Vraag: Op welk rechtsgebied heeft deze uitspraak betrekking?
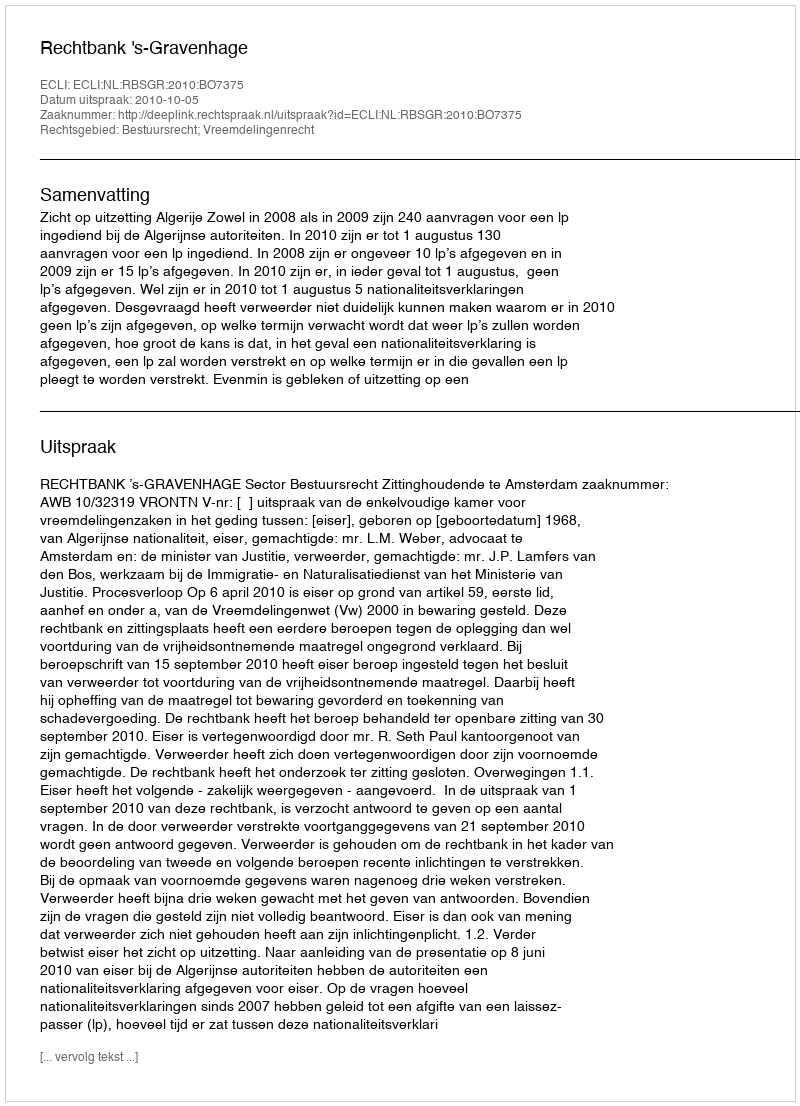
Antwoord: Bestuursrecht; Vreemdelingenrecht